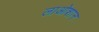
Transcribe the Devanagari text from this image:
लाओशान